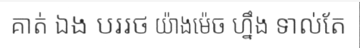
គាត់ ឯង បររថ យ៉ាងម៉េច ហ្នឹង ទាល់តែ